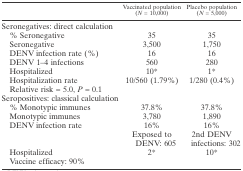
<table><thead><tr><td></td><td><b>Vaccinated population (<i>N</i> = 10,000)</b></td><td><b>Placebo population (<i>N</i> = 5,000)</b></td></tr></thead><tbody><tr><td colspan="3">Seronegatives: direct calculation</td></tr><tr><td> % Seronegative</td><td>35</td><td>35</td></tr><tr><td> Seronegative</td><td>3,500</td><td>1,750</td></tr><tr><td> DENV infection rate (%)</td><td>16</td><td>16</td></tr><tr><td> DENV 1–4 infections</td><td>560</td><td>280</td></tr><tr><td> Hospitalized</td><td>10*</td><td>1*</td></tr><tr><td> Hospitalization rate</td><td>10/560 (1.79%)</td><td>1/280 (0.4%)</td></tr><tr><td> Relative risk = 5.0, <i>P</i> = 0.1</td><td></td><td></td></tr><tr><td colspan="3">Seropositives: classical calculation</td></tr><tr><td> % Monotypic immunes</td><td>37.8%</td><td>37.8%</td></tr><tr><td> Monotypic immunes</td><td>3,780</td><td>1,890</td></tr><tr><td> DENV infection rate</td><td>16%</td><td>16%</td></tr><tr><td></td><td>Exposed to DENV: 605</td><td>2nd DENV infections: 302</td></tr><tr><td> Hospitalized</td><td>2*</td><td>10*</td></tr><tr><td> Vaccine efficacy: 90%</td><td></td><td></td></tr></tbody></table>